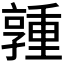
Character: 𪧃